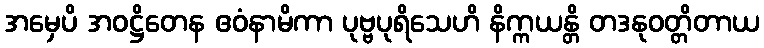
အမှေပိ အဝဋ္ဌိတေန ဧဝံနာမိကာ ပုဗ္ဗပုရိသေဟိ နိက္ကယန္တိ တဒနုဝတ္တိတာယ